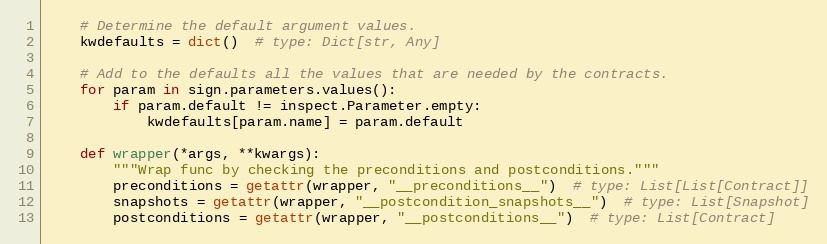
Language: Python
    # Determine the default argument values.
    kwdefaults = dict()  # type: Dict[str, Any]

    # Add to the defaults all the values that are needed by the contracts.
    for param in sign.parameters.values():
        if param.default != inspect.Parameter.empty:
            kwdefaults[param.name] = param.default

    def wrapper(*args, **kwargs):
        """Wrap func by checking the preconditions and postconditions."""
        preconditions = getattr(wrapper, "__preconditions__")  # type: List[List[Contract]]
        snapshots = getattr(wrapper, "__postcondition_snapshots__")  # type: List[Snapshot]
        postconditions = getattr(wrapper, "__postconditions__")  # type: List[Contract]